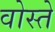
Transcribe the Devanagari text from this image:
वोस्ते